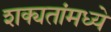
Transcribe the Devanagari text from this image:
शक्यतांमध्ये